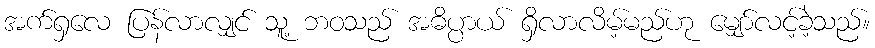
အက်ရှလေ ပြန်လာလျှင် သူ့ ဘဝသည် အဓိပ္ပာယ် ရှိလာလိမ့်မည်ဟု မျှော်လင့်ခဲ့သည်။